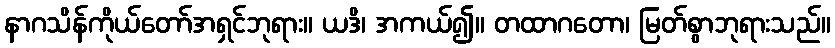
နာဂသိန်ကိုယ်တော်အရှင်ဘုရား။ ယဒိ၊ အကယ်၍။ တထာဂတော၊ မြတ်စွာဘုရားသည်။